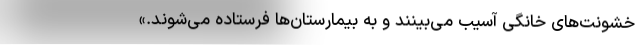
خشونت‌های خانگی آسیب می‌بینند و به بیمارستان‌ها فرستاده می‌شوند.»